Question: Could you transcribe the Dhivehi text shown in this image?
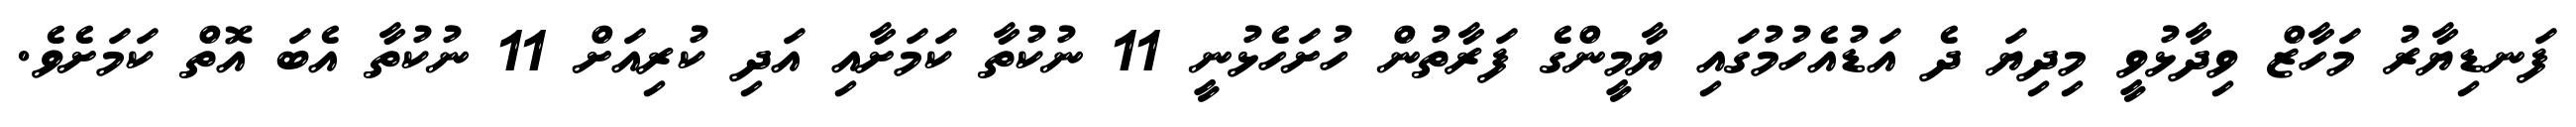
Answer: ފަނޑިޔާރު މަހާޒް ވިދާޅުވީ މިދިޔަ ދެ އަޑުއެހުމުގައި ޔާމީންގެ ފަރާތުން ހުށަހެޅުނީ 11 ނުކުތާ ކަމަށާއި އަދި ކުރިއަށް 11 ނުކުތާ އެބަ އޮތް ކަމަށެވެ.